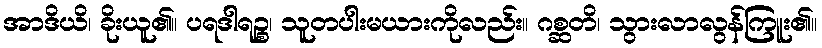
အာဒိယိ၊ ခိုးယူ၏။ ပရဒါရဉ္စ၊ သူတပါးမယားကိုလည်း။ ဂစ္ဆတိ၊ သွားလာလွန်ကြူး၏။